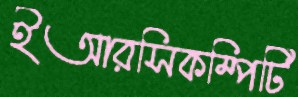
ইআরসিকম্পিটি